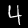
Label: 4